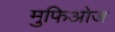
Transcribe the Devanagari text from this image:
मुफिओज